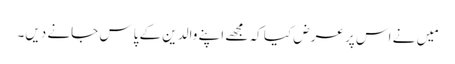
مَیں نے اس پر عرض کیا کہ مجھے اپنے والدین کے پاس جانے دیں۔